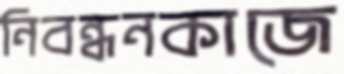
নিবন্ধনকাজে